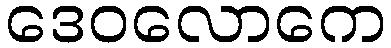
ဒေဝလောကေ